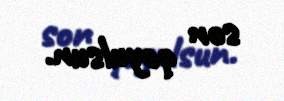
son qoyulsun.